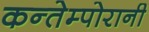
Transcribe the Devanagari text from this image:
कन्तेम्पोरानी